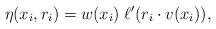
LaTeX: \begin{align*}\eta(x_i, r_i) = w(x_i) \; \ell'(r_i \cdot v(x_i)),\end{align*}